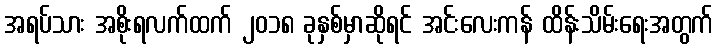
အရပ်သား အစိုးရလက်ထက် ၂၀၁၈ ခုနှစ်မှာဆိုရင် အင်းလေးကန် ထိန်းသိမ်းရေးအတွက်